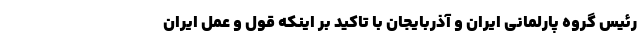
رئیس گروه پارلمانی ایران و آذربایجان با تاکید بر اینکه قول و عمل ایران